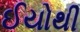
ઈયોથી